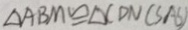
\Delta A B M \cong \Delta C D N ( S A S )